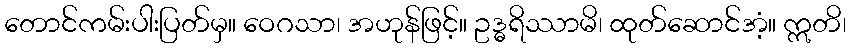
တောင်ကမ်းပါးပြတ်မှ။ ဝေဂသာ၊ အဟုန်ဖြင့်။ ဥဒ္ဓရိဿာမိ၊ ထုတ်ဆောင်အံ့။ ဣတိ၊